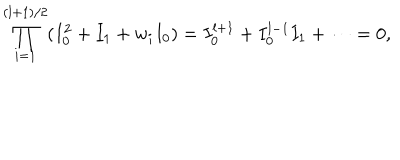
LaTeX: \prod _ { i = 1 } ^ { ( l + 1 ) / 2 } ( I _ { 0 } ^ { 2 } + I _ { 1 } + w _ { i } I _ { 0 } ) = I _ { 0 } ^ { l + 1 } + I _ { 0 } ^ { l - 1 } I _ { 1 } + \cdots = 0 ,